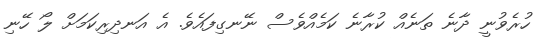
ހުރެވުނީ ދާނެ ތަނެއް ކުރާނެ ކަމެއްވެސް ނޭނގިފައެވެ. އެ އަނދިރިކަމަށް ލޯ ހޭނި